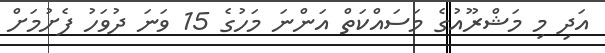
އަދި މި މަޝްރޫއުގެ މަސައްކަތް އަންނަ މަހުގެ 15 ވަނަ ދުވަހު ފެށުމަށް